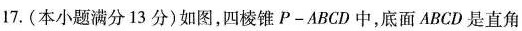
17.(本小题满分13分)如图，四棱锥P-ABCD中，底面ABCD是直角